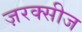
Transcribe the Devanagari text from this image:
ज़रक्सीज